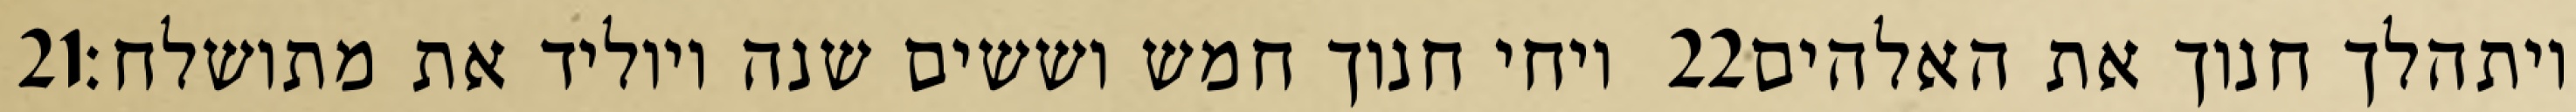
‎21‏ ויחי חנוך חמש וששים שנה ויוליד את מתושלח׃ ‎22‏ ויתהלך חנוך את האלהים